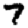
Digit: 7